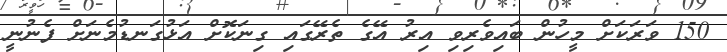
150 ވަރަކަށް މީހުން ބައިވެރިވި އިރު އޭގެ ތެރޭގައި ގިނަކޮށް އަޅުގަނޑުމެނަށް ފެނުނީ